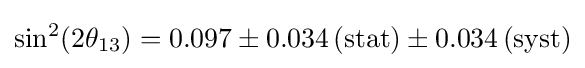
\sin ^{2}(2\theta _{13})=0.097\pm 0.034\,\mathrm {(stat)} \pm 0.034\,\mathrm {(syst)}